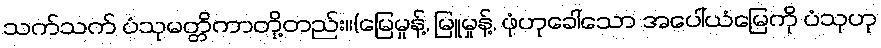
သက်သက် ပံသုမတ္တိကာတို့တည်း။(မြေမှုန့်, မြူမှုန့်, ဖုံဟုခေါ်သော အပေါ်ယံမြေကို ပံသုဟု